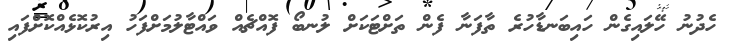
ހެދުނު ހޭލައިގެން ހައިބަނޑާހުރެ ތާފަނާ ފެން ތަށްޓަކަށް ލުނބޯ ފޮއްޗެއް ވައްޓާލުމަށްފަހު އިރުކޮޅެއްކޮށްފައި